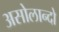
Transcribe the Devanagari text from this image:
असोलान्दो